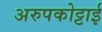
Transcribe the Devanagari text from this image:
अरुपकोट्टाई